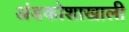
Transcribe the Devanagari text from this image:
अंडकोशाखाली